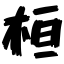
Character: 桓